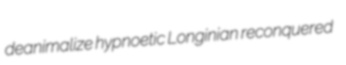
deanimalize hypnoetic Longinian reconquered